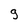
Character: g